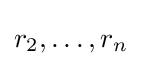
r_{2},\dots ,r_{n}